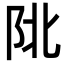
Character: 𨸾